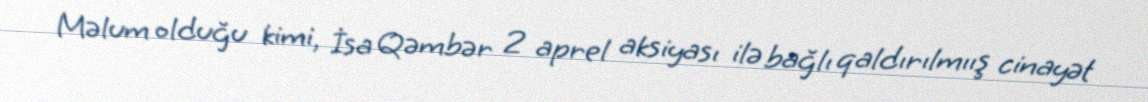
Məlum olduğu kimi, İsa Qəmbər 2 aprel aksiyası ilə bağlı qaldırılmıış cinayət